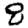
Digit: 8